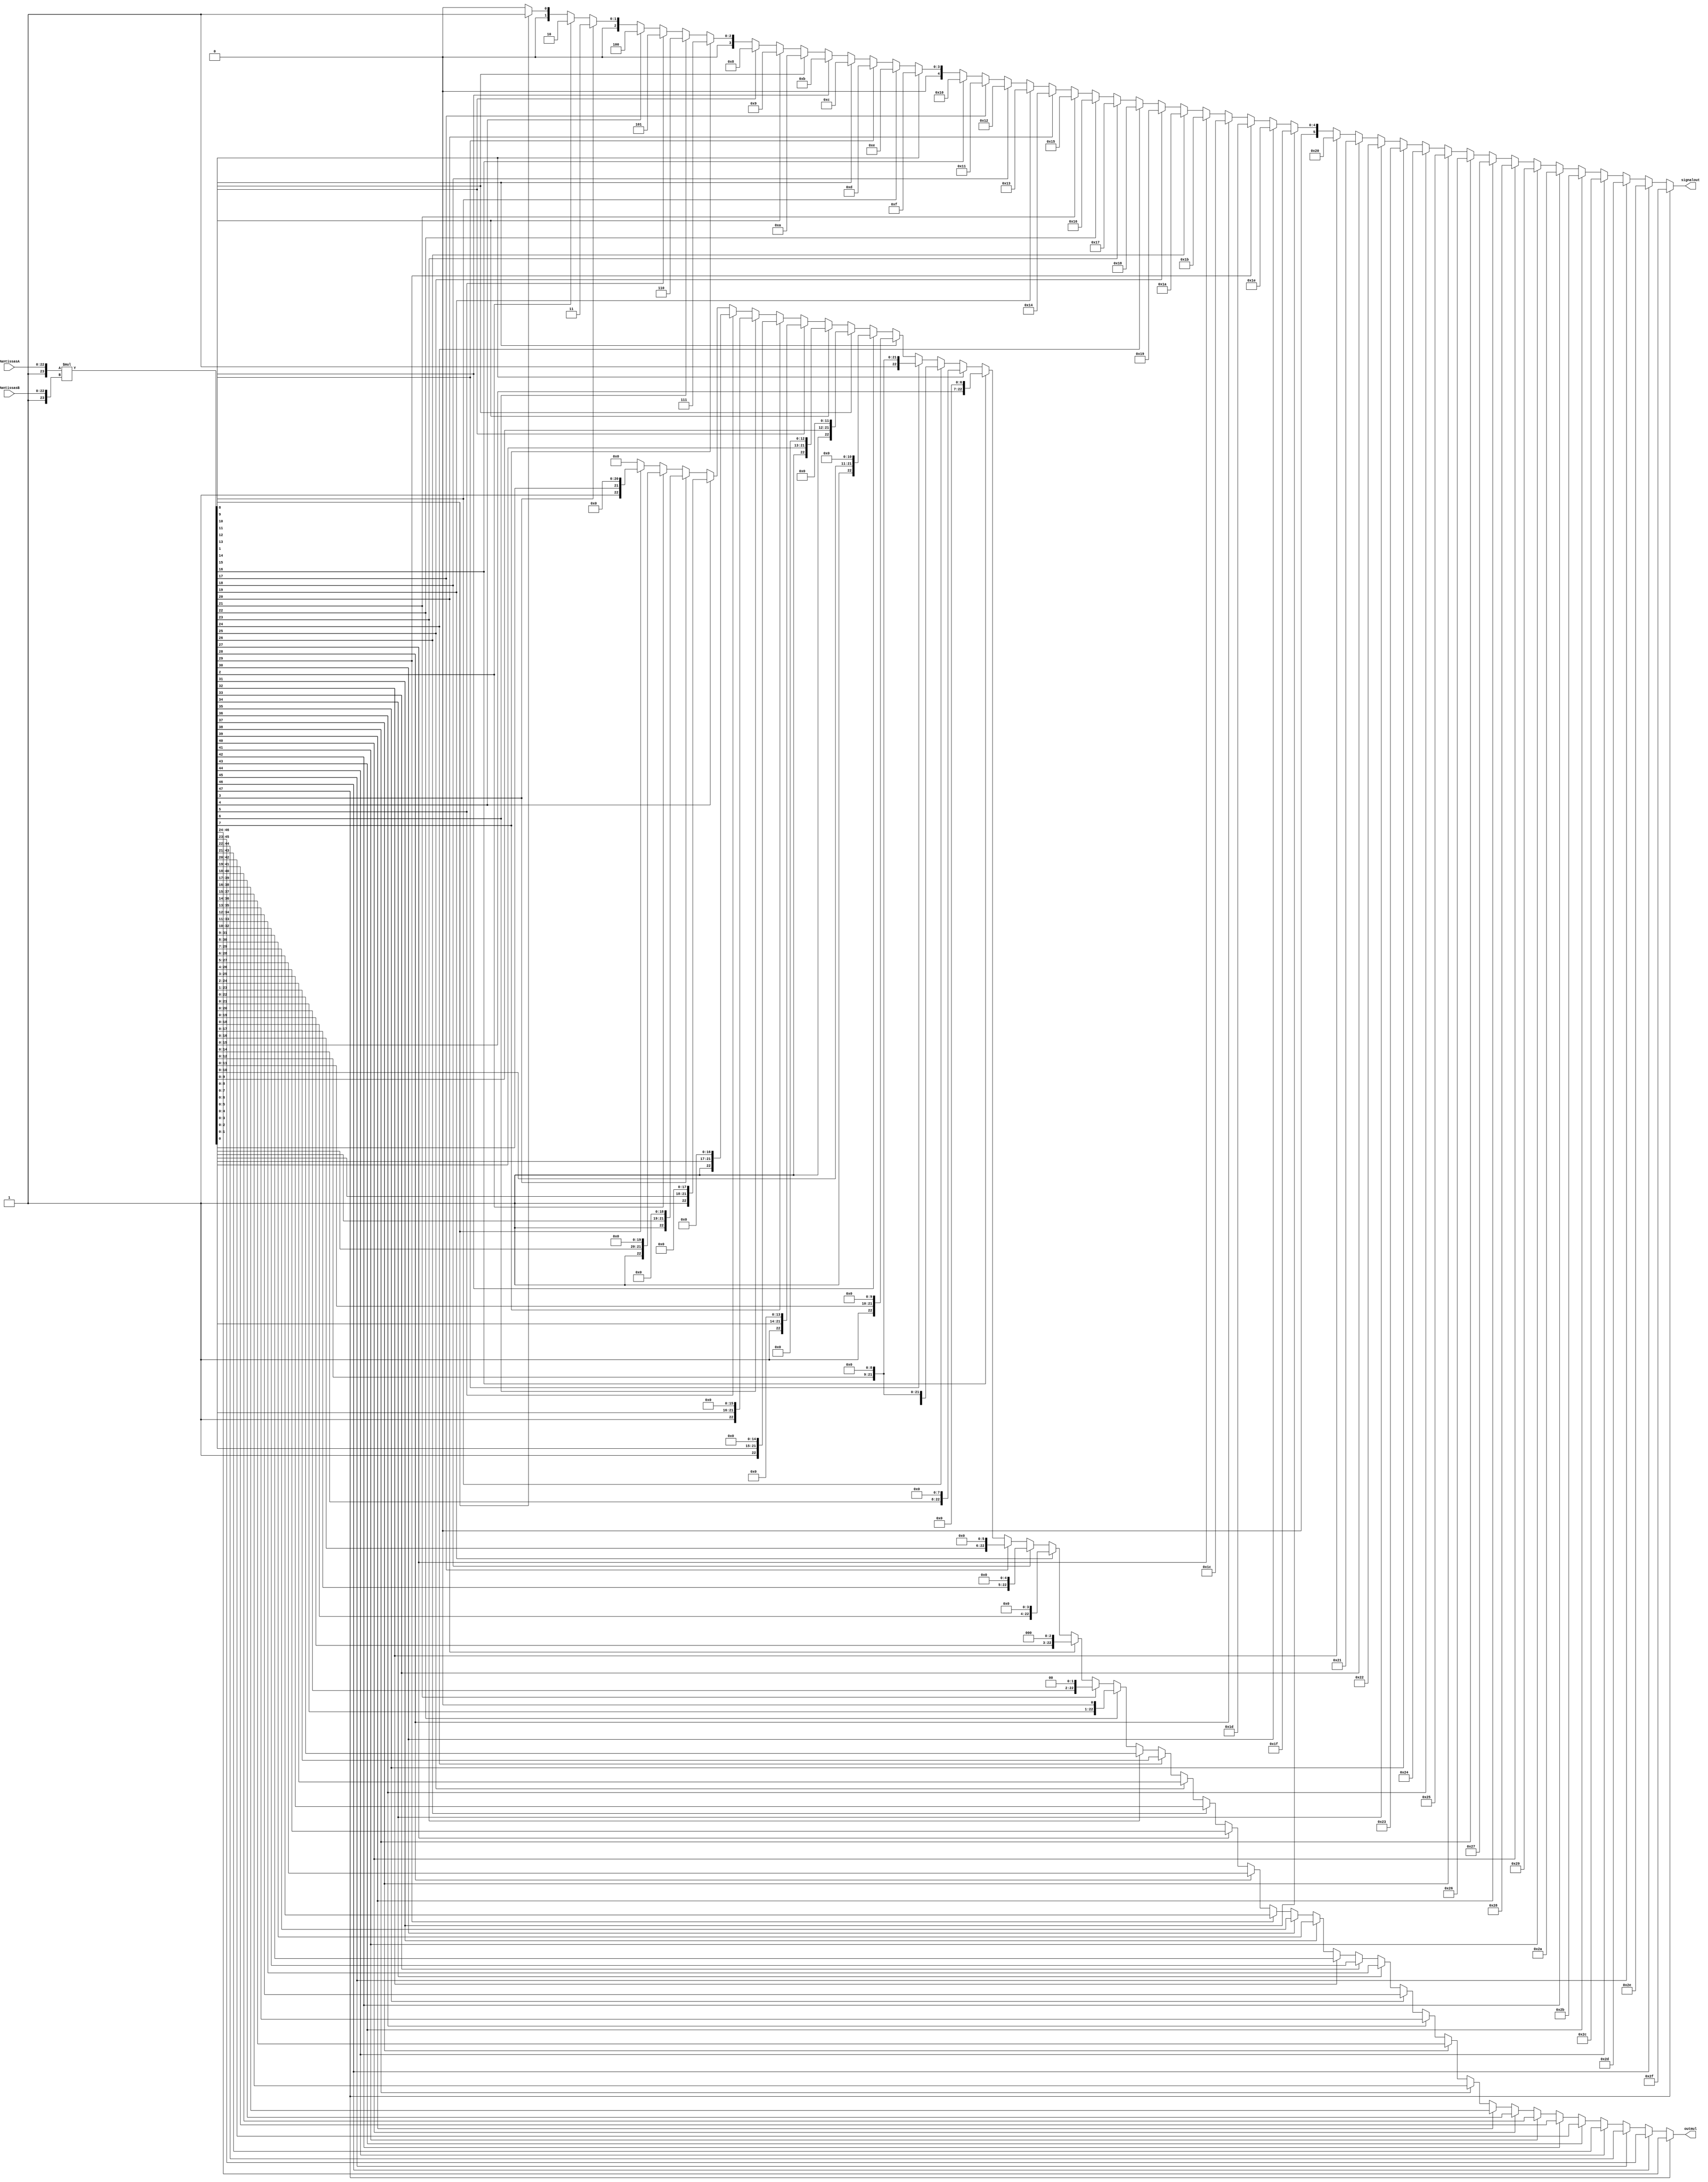
module Multiplication_24bit(MantissasA,MantissasB,outmul,signalout);

input [22:0] MantissasA,MantissasB;
output reg[5:0]signalout;
output [22:0]outmul;

wire [23:0] ManA,ManB;
wire [47:0] outTemp;
wire [22:0] outtemp,outtemp1,outtemp2,outtemp3,outtemp4,outtemp5,outtemp6,outtemp7,outtemp8,outtemp9,outtemp10,outtemp11,outtemp12,outtemp13,outtemp14,outtemp15,outtemp16,outtemp17,outtemp18,outtemp19,outtemp20,outtemp21,outtemp22,outtemp23,outtemp24,outtemp25,outtemp26,outtemp27,outtemp28,outtemp29,outtemp30,outtemp31,outtemp32,outtemp33,outtemp34,outtemp35,outtemp36,outtemp37,outtemp38,outtemp39,outtemp40,outtemp41,outtemp42,outtemp43,outtemp44,outtemp45;

assign ManA={1'b1,MantissasA};
assign ManB={1'b1,MantissasB};
assign outTemp=ManA*ManB;

assign outmul = (outTemp[47] == 1) ? outTemp[46:24] : outtemp ;
assign outtemp = (outTemp[46] == 1) ? outTemp[45:23] : outtemp1;
assign outtemp1 = (outTemp[45] == 1) ? outTemp[44:22] : outtemp2;
assign outtemp2 = (outTemp[44] == 1) ? outTemp[43:21] : outtemp3;
assign outtemp3 = (outTemp[43] == 1) ? outTemp[42:20] : outtemp4;
assign outtemp4 = (outTemp[42] == 1) ? outTemp[41:19] : outtemp5;
assign outtemp5 = (outTemp[41] == 1) ? outTemp[40:18] : outtemp6;
assign outtemp6 = (outTemp[40] == 1) ? outTemp[39:17] : outtemp7;
assign outtemp7 = (outTemp[39] == 1) ? outTemp[38:16] : outtemp8;
assign outtemp8 = (outTemp[38] == 1) ? outTemp[37:15] : outtemp9;
assign outtemp9 = (outTemp[37] == 1) ? outTemp[36:14] : outtemp10;
assign outtemp10 = (outTemp[36] == 1) ? outTemp[35:13] : outtemp11;
assign outtemp11 = (outTemp[35] == 1) ? outTemp[34:12] : outtemp12;
assign outtemp12 = (outTemp[34] == 1) ? outTemp[33:11] : outtemp13;
assign outtemp13 = (outTemp[33] == 1) ? outTemp[32:10] : outtemp14;
assign outtemp14 = (outTemp[32] == 1) ? outTemp[31:9] : outtemp15;
assign outtemp15 = (outTemp[31] == 1) ? outTemp[30:8] : outtemp16;
assign outtemp16 = (outTemp[30] == 1) ? outTemp[29:7] : outtemp17;
assign outtemp17 = (outTemp[29] == 1) ? outTemp[28:6] : outtemp18;
assign outtemp18 = (outTemp[28] == 1) ? outTemp[27:5] : outtemp19;
assign outtemp19 = (outTemp[27] == 1) ? outTemp[26:4] : outtemp20;
assign outtemp20 = (outTemp[26] == 1) ? outTemp[25:3] : outtemp21;
assign outtemp21 = (outTemp[25] == 1) ? outTemp[24:2] : outtemp22;
assign outtemp22 = (outTemp[24] == 1) ? outTemp[23:1] : outtemp23;
assign outtemp23 = (outTemp[23] == 1) ? outTemp[22:0] : outtemp24;
assign outtemp24 = (outTemp[22] == 1) ? outTemp[22:0]<<1 : outtemp25;
assign outtemp25 = (outTemp[21] == 1) ? outTemp[22:0]<<2 : outtemp26;
assign outtemp26 = (outTemp[20] == 1) ? outTemp[22:0]<<3 : outtemp27;
assign outtemp27 = (outTemp[19] == 1) ? outTemp[22:0]<<4 : outtemp28;
assign outtemp28 = (outTemp[18] == 1) ? outTemp[22:0]<<5 : outtemp29;
assign outtemp29 = (outTemp[17] == 1) ? outTemp[22:0]<<6 : outtemp30;
assign outtemp30 = (outTemp[16] == 1) ? outTemp[22:0]<<7 : outtemp31;
assign outtemp31 = (outTemp[15] == 1) ? outTemp[22:0]<<8 : outtemp32;
assign outtemp32 = (outTemp[14] == 1) ? outTemp[22:0]<<9 : outtemp33;
assign outtemp33 = (outTemp[13] == 1) ? outTemp[22:0]<<9 : outtemp34;
assign outtemp34 = (outTemp[12] == 1) ? outTemp[22:0]<<10 : outtemp35;
assign outtemp35 = (outTemp[11] == 1) ? outTemp[22:0]<<11 : outtemp36;
assign outtemp36 = (outTemp[10] == 1) ? outTemp[22:0]<<12 : outtemp37;
assign outtemp37 = (outTemp[9] == 1) ? outTemp[22:0]<<13 : outtemp38;
assign outtemp38 = (outTemp[8] == 1) ? outTemp[22:0]<<14 : outtemp39;
assign outtemp39 = (outTemp[7] == 1) ? outTemp[22:0]<<15 : outtemp40;
assign outtemp40 = (outTemp[6] == 1) ? outTemp[22:0]<<16 : outtemp41;
assign outtemp41 = (outTemp[5] == 1) ? outTemp[22:0]<<17 : outtemp42;
assign outtemp42 = (outTemp[4] == 1) ? outTemp[22:0]<<18 : outtemp43;
assign outtemp43 = (outTemp[3] == 1) ? outTemp[22:0]<<19 : outtemp44;
assign outtemp44 = (outTemp[2] == 1) ? outTemp[22:0]<<20 : outtemp45;
assign outtemp45 = (outTemp[1] == 1) ? outTemp[22:0]<<21 : 23'd0;
always @(*) begin
if (outTemp[47] == 1)
    signalout = 6'd47;
else if (outTemp[46] == 1)
    signalout = 6'd46;
else if (outTemp[45] == 1)
    signalout = 6'd45;
else if (outTemp[44] == 1)
    signalout = 6'd44;
else if (outTemp[43] == 1)
    signalout = 6'd43;
else if (outTemp[42] == 1)
    signalout = 6'd42;
else if (outTemp[41] == 1)
    signalout = 6'd41;
else if (outTemp[40] == 1)
    signalout = 6'd40;
else if (outTemp[39] == 1)
    signalout = 6'd39;
else if (outTemp[38] == 1)
    signalout = 6'd38;
else if (outTemp[37] == 1)
    signalout = 6'd37;
else if (outTemp[36] == 1)
    signalout = 6'd36;
else if (outTemp[35] == 1)
    signalout = 6'd35;
else if (outTemp[34] == 1)
    signalout = 6'd34;
else if (outTemp[33] == 1)
    signalout = 6'd33;
else if (outTemp[32] == 1)
    signalout = 6'd32;
else if (outTemp[31] == 1)
    signalout = 6'd31;
else if (outTemp[30] == 1)
    signalout = 6'd30;
else if (outTemp[29] == 1)
    signalout = 6'd29;
else if (outTemp[28] == 1)
    signalout = 6'd28;
else if (outTemp[27] == 1)
    signalout = 6'd27;
else if (outTemp[26] == 1)
    signalout = 6'd26;
else if (outTemp[25] == 1)
    signalout = 6'd25;
else if (outTemp[24] == 1)
    signalout = 6'd24;
else if (outTemp[23] == 1)
    signalout = 6'd23;
else if (outTemp[22] == 1)
    signalout = 6'd22;
else if (outTemp[21] == 1)
    signalout = 6'd21;
else if (outTemp[20] == 1)
    signalout = 6'd20;
else if (outTemp[19] == 1)
    signalout = 6'd19;
else if (outTemp[18] == 1)
    signalout = 6'd18;
else if (outTemp[17] == 1)
    signalout = 6'd17;
else if (outTemp[16] == 1)
    signalout = 6'd16;
else if (outTemp[15] == 1)
    signalout = 6'd15;
else if (outTemp[14] == 1)
    signalout = 6'd14;
else if (outTemp[13] == 1)
    signalout = 6'd13;
else if (outTemp[12] == 1)
    signalout = 6'd12;
else if (outTemp[11] == 1)
    signalout = 6'd11;
else if (outTemp[10] == 1)
    signalout = 6'd10;
else if (outTemp[9] == 1)
    signalout = 6'd9;
else if (outTemp[8] == 1)
    signalout = 6'd8;
else if (outTemp[7] == 1)
    signalout = 6'd7;
else if (outTemp[6] == 1)
    signalout = 6'd6;
else if (outTemp[5] == 1)
    signalout = 6'd5;
else if (outTemp[4] == 1)
    signalout = 6'd4;
else if (outTemp[3] == 1)
    signalout = 6'd3;
else if (outTemp[2] == 1)
    signalout = 6'd2;
else if (outTemp[1] == 1)
    signalout = 6'd1;
else
    signalout = 6'd0;
end
endmodule